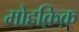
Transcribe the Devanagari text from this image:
मोहक़िक़